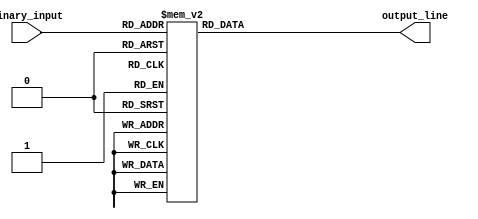
module octal_decoder(
    input [2:0] binary_input,
    output reg [7:0] output_line
);

always @(*)
begin
    case(binary_input)
        3'b000: output_line = 8'b00000001;
        3'b001: output_line = 8'b00000010;
        3'b010: output_line = 8'b00000100;
        3'b011: output_line = 8'b00001000;
        3'b100: output_line = 8'b00010000;
        3'b101: output_line = 8'b00100000;
        3'b110: output_line = 8'b01000000;
        3'b111: output_line = 8'b10000000;
        default: output_line = 8'b00000000;
    endcase
end

endmodule